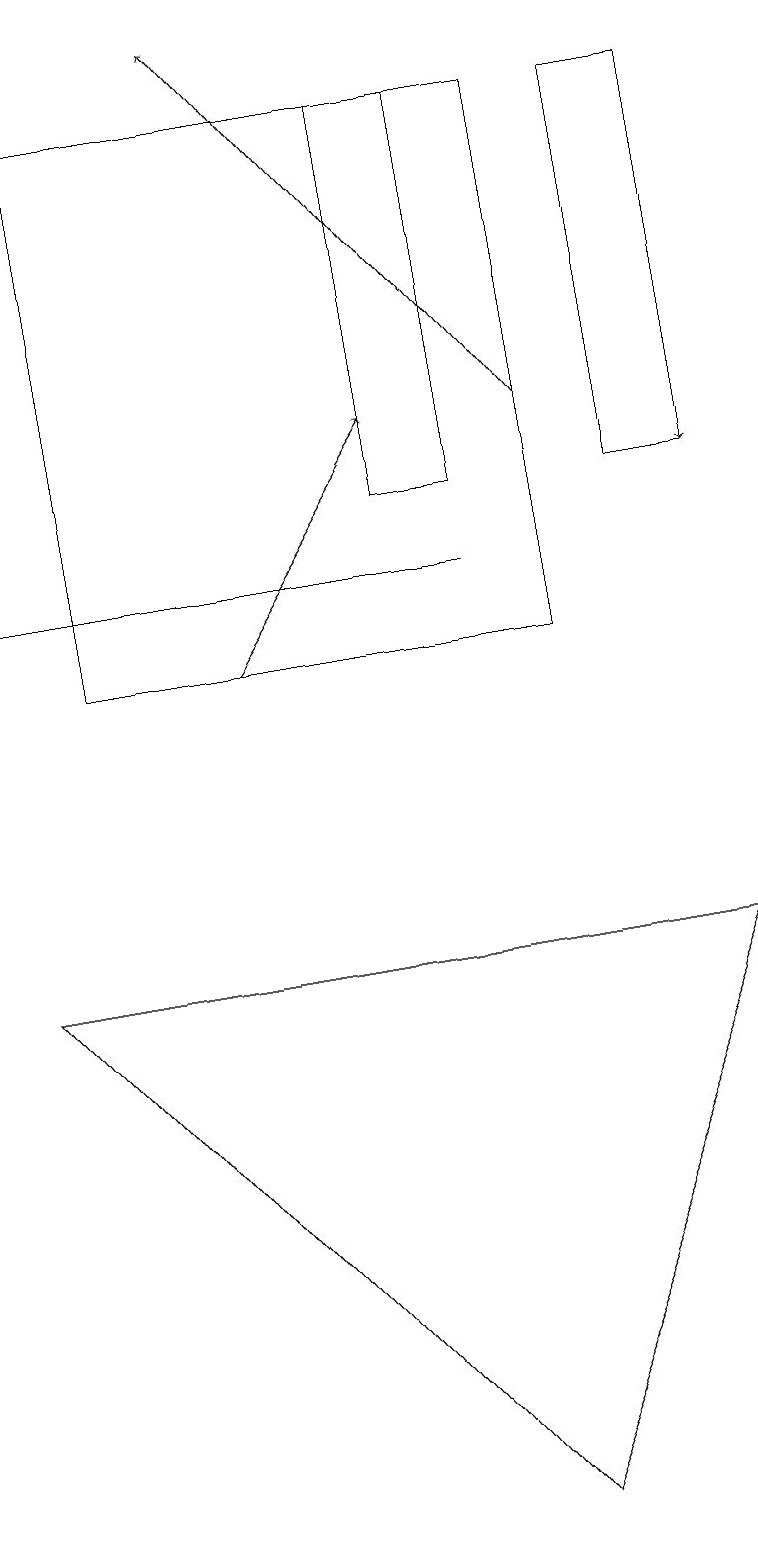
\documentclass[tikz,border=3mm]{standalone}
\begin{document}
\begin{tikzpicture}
\draw[->] (3,11) -- (5,14);
\draw (0,12) rectangle (6,12);
\draw[->] (7,14) -- (3,19);
\draw[->] (9,18) -- (9,13);
\draw (6,13) rectangle (5,18);
\draw (8,13) rectangle (9,18);
\draw (6,0) -- (0,7) -- (9,7) -- cycle;
\draw (7,11) rectangle (1,18);
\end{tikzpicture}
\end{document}